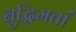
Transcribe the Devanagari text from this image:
बुद्धिमतां